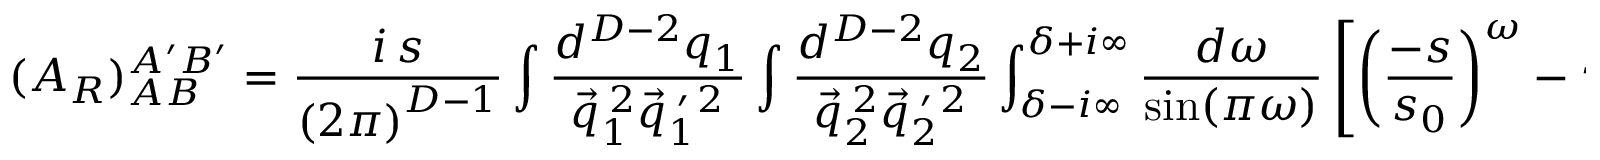
( { \cal A } _ { \cal R } ) _ { A B } ^ { A ^ { \prime } B ^ { \prime } } = \frac { i \, s } { \left( 2 \pi \right) ^ { D - 1 } } \int \frac { d ^ { D - 2 } q _ { 1 } } { \vec { q } _ { 1 } ^ { \: 2 } \vec { q } _ { 1 } ^ { \: \prime \: 2 } } \int \frac { d ^ { D - 2 } q _ { 2 } } { \vec { q } _ { 2 } ^ { \: 2 } \vec { q } _ { 2 } ^ { \: \prime \: 2 } } \int _ { \delta - i \infty } ^ { \delta + i \infty } \frac { d \omega } { \mathrm { s i n } ( \pi \omega ) } \left[ \left( \frac { - s } { s _ { 0 } } \right) ^ { \omega } - \tau \left( \frac { s } { s _ { 0 } } \right) ^ { \omega } \right]